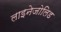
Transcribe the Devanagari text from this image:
लाइनेजोलिड